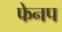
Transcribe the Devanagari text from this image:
फेनप